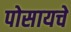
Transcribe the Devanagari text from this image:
पोसायचे